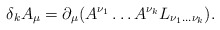
\begin{align*}\delta_{k} A_{\mu}= \partial _{\mu} (A^{\nu_{1}} \ldots A^{\nu_{k}} L_{\nu_{1}\ldots \nu_{k}}). \end{align*}